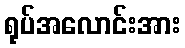
ရုပ်အလောင်းအား